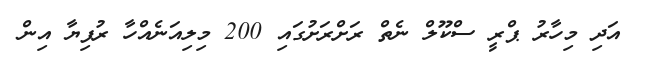
އަދި މިހާރު ޕްރީ ސްކޫލް ނެތް ރަށްރަށުގައި 200 މިލިއަނެއްހާ ރުފިޔާ އިން